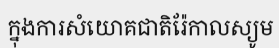
ក្នុងការសំយោគជាតិរ៉ែកាលស្យូម